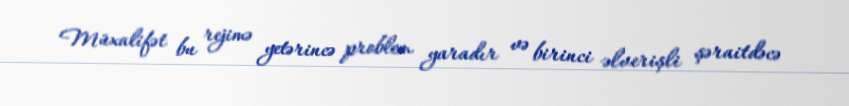
Müxalifət bu rejimə yetərincə problem yaradır və birinci əlverişli şəraitdəcə